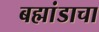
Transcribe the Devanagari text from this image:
बह्मांडाचा